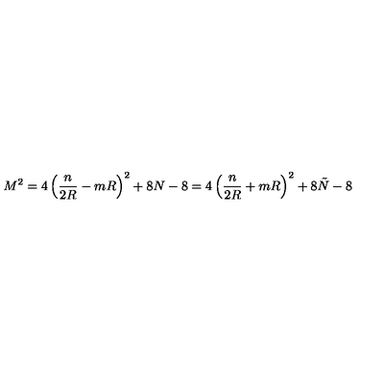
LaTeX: M ^ { 2 } = 4 \left( \frac { n } { 2 R } - m R \right) ^ { 2 } + 8 N - 8 = 4 \left( \frac { n } { 2 R } + m R \right) ^ { 2 } + 8 \tilde { N } - 8